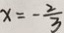
x = - \frac { 2 } { 3 }